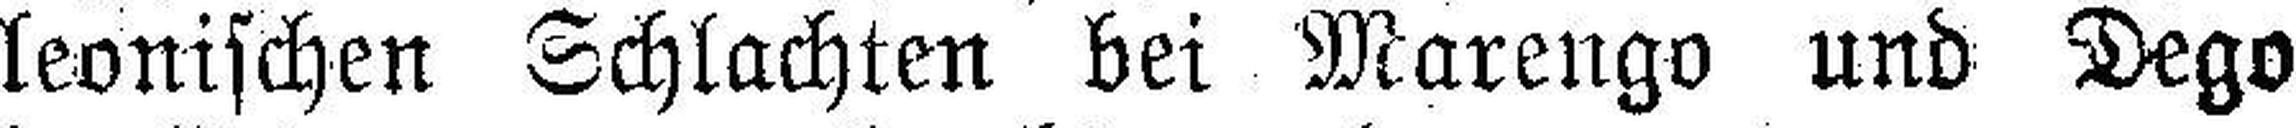
leonischen Schlachten bei Marengo und Dego